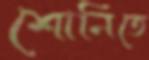
শোনিতে